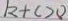
k + c > 0